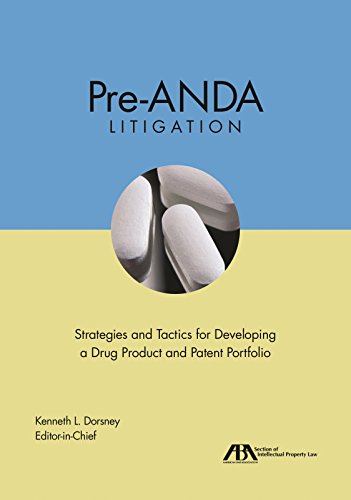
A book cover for Pre-ANDA Litigation: Strategies and Tactics for Developing a Drug Product and Patent Portfolio; Law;